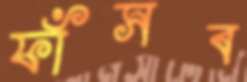
ফাঁসব